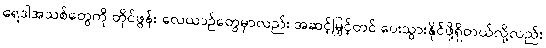
ရေဒါအသစ်တွေကို တိုင်ဖွန်း လေယာဉ်တွေမှာလည်း အဆင့်မြှင့်တင် ပေးသွားနိုင်ဖို့ရှိတယ်လို့လည်း